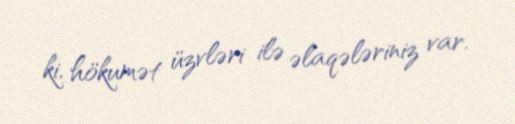
ki, hökumət üzvləri ilə əlaqələriniz var.